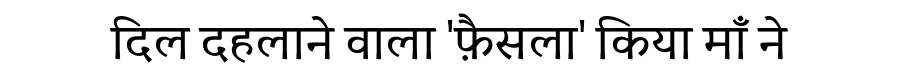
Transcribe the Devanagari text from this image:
दिल दहलाने वाला 'फ़ैसला' किया माँ ने